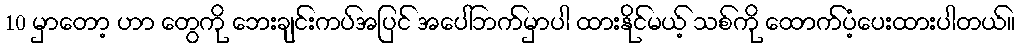
10 မှာတော့ ဟာ တွေကို ဘေးချင်းကပ်အပြင် အပေါ်ဘက်မှာပါ ထားနိုင်မယ့် သစ်ကို ထောက်ပံ့ပေးထားပါတယ်။